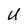
Character: U